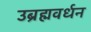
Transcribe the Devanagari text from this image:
उब्रह्मवर्धन